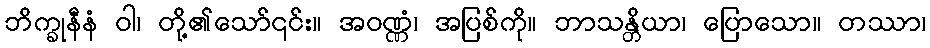
ဘိက္ခုနီနံ ဝါ၊ တို့၏သော်၎င်း။ အဝဏ္ဏံ၊ အပြစ်ကို။ ဘာသန္တိယာ၊ ပြောသော။ တဿာ၊